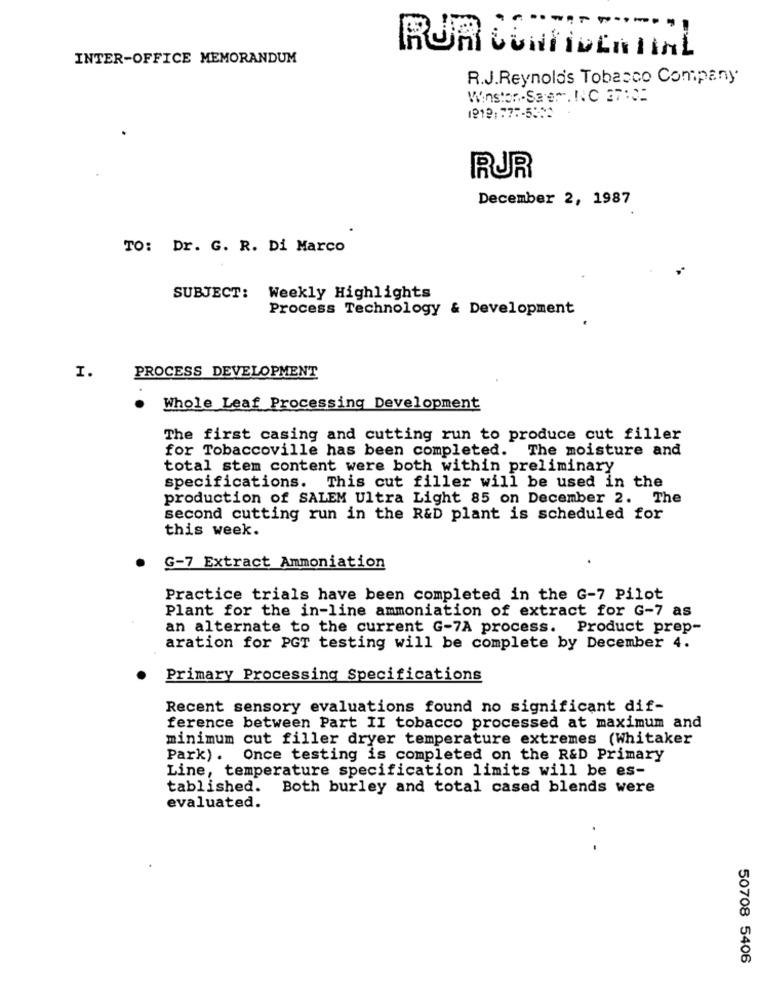
.--
RUR CONFIDENTIAL
INTER-OFFICE MEMORANDUM
R.J.Reynolds Tobacco Company
Winston-Saer. INC 27:02
1218:77 :- 5332
RUR
December 2, 1987
TO: Dr. G. R. Di Marco
SUBJECT: Weekly Highlights
Process Technology & Development
I.
PROCESS DEVELOPMENT
Whole Leaf Processing Development
The first casing and cutting run to produce cut filler
for Tobaccoville has been completed. The moisture and
total stem content were both within preliminary
specifications. This cut filler will be used in the
production of SALEM Ultra Light 85 on December 2. The
second cutting run in the R&D plant is scheduled for
this week.
G-7 Extract Ammoniation
Practice trials have been completed in the G-7 Pilot
Plant for the in-line ammoniation of extract for G-7 as
an alternate to the current G-7A process. Product prep-
aration for PGT testing will be complete by December 4.
Primary Processing Specifications
Recent sensory evaluations found no significant dif-
ference between Part II tobacco processed at maximum and
minimum cut filler dryer temperature extremes (Whitaker
Park). Once testing is completed on the R&D Primary
Line, temperature specification limits will be es-
tablished. Both burley and total cased blends were
evaluated.
. .
50708 5406